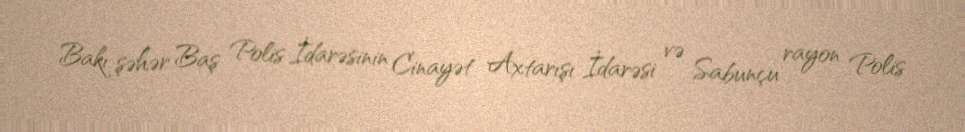
Bakı şəhər Baş Polis İdarəsinin Cinayət Axtarışı İdarəsi və Sabunçu rayon Polis